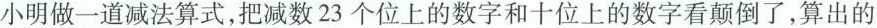
小明做一道减法算式，把减数23个位上的数字和十位上的数字看颠倒了，算出的